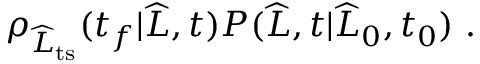
\begin{array} { r } { \rho _ { \widehat { L } _ { \mathrm { t s } } } ( t _ { f } | \widehat { L } , t ) P ( \widehat { L } , t | \widehat { L } _ { 0 } , t _ { 0 } ) \ . } \end{array}